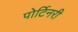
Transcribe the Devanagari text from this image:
पोर्टिनरी